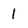
Character: 1